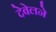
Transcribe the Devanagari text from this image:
देबेलने